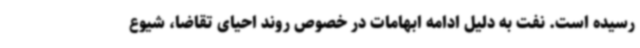
رسیده است. نفت به دلیل ادامه ابهامات در خصوص روند احیای تقاضا، شیوع